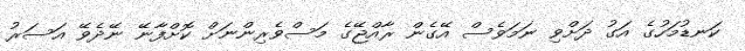
ކަނޑުމަހުގެ އަގު ދަށްވި ނަމަވެސް އޭގެން ރާއްޖޭގެ މަސްވެރިންނަށް ކޮށްފާނޭ ނޭދެވޭ އަސަރު